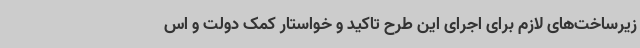
زیرساخت‌های لازم برای اجرای این طرح تاکید و خواستار کمک دولت و اس